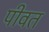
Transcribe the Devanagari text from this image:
पीवत